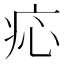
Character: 𤵂